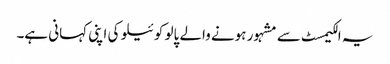
یہ الکیمسٹ سے مشہور ہونے والے پالو کوئیلو کی اپنی کہانی ہے۔